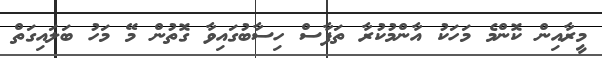
މީރާއިން ކޮންމެ މަހަކު އާންމުކުރާ ތަފާސް ހިސާބުގައިވާ ގޮތުން މޭ މަހު ބަލައިގަތް